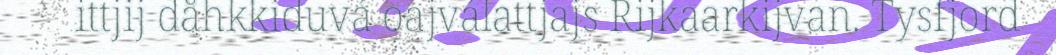
ittjij dåhkkiduvá oajválattjajs Rijkaarkijvan. Tysfjord